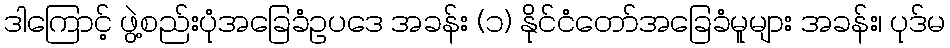
ဒါကြောင့် ဖွဲ့စည်းပုံအခြေခံဥပဒေ အခန်း (၁) နိုင်ငံတော်အခြေခံမူများ အခန်း၊ ပုဒ်မ